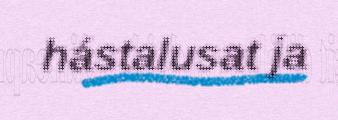
hástalusat ja